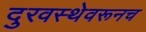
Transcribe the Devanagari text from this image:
दुरवस्थेवरूनच